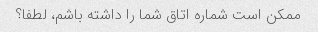
ممکن است شماره اتاق شما را داشته باشم، لطفا؟